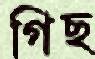
গিছ